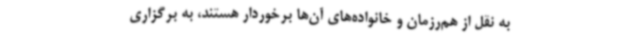
به نقل از هم‌رزمان و خانواده‌های‌ آن‌ها برخوردار هستند، به برگزاری